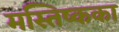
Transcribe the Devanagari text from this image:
मस्तिष्कका